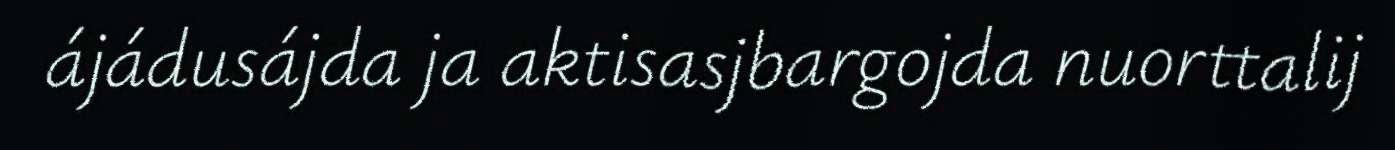
ájádusájda ja aktisasjbargojda nuorttalij